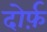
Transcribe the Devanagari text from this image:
दोर्फ़